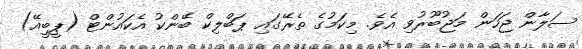
ސަލާން ޖަހަން މަޖުބޫރުވި އެވެ. މިކަމުގެ ތެރޭގައި ޕަބްލިކް ބޭންކު އެކައުންޓް (ޕީބީއޭ)